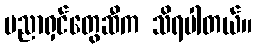
ပညာရှင်တွေဆီက သိရပါတယ်။